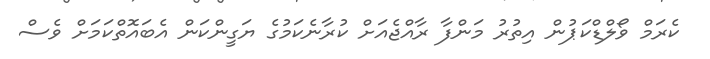
ކެރަމް ވޯލްޑްކަޕުން އިތުރު މަންފާ ރާއްޖެއަށް ކުރާނެކަމުގެ ޔަގީންކަން އެބައޮތްކަމަށް ވެސް